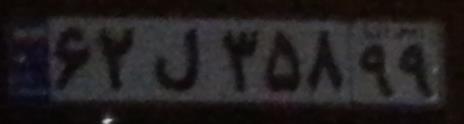
۶۲ل۳۵۸۹۹